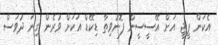
އެކަން ޕީޖީ އަށް އޭސީސީން ފޮނުވިތާ ޑިކޭޑް އަކަށް ވުރެން ގިނަ ދުވަސް